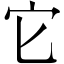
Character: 它